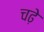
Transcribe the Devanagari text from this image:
चढे़